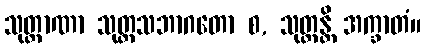
သုတ္တာဏာ သုတ္တသဘာဂတော စ, သုတ္တန္တိ အက္ခာတံ။